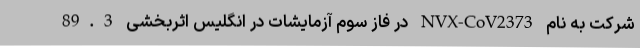
شرکت به نام NVX-CoV2373 در فاز سوم آزمایشات در انگلیس اثربخشی 89.3